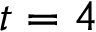
t = 4